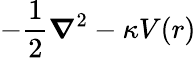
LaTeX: {-\frac{1}{2}\boldsymbol{\nabla}^{2}-\kappa V(r)}